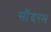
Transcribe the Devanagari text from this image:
सौंदरम